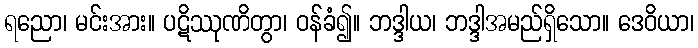
ရညော၊ မင်းအား။ ပဋိဿုဏိတွာ၊ ဝန်ခံ၍။ ဘဒ္ဒါယ၊ ဘဒ္ဒါအမည်ရှိသော။ ဒေဝိယာ၊